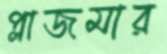
প্লাজমার